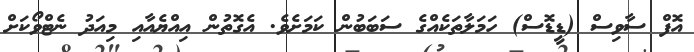
އޮފް ސާވިސް (ޑީޑޮސް) ހަމަލާތަކެއްގެ ސަބަބުން ކަމަށެވެ. އެގޮތުން އިއްޔެއާއި މިއަދު ނެޓްވޯކަށް